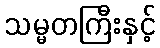
သမ္မတကြီးနှင့်